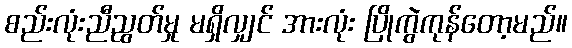
စည်းလုံးညီညွတ်မှု မရှိလျှင် အားလုံး ပြိုကွဲကုန်တော့မည်။